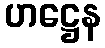
ဟဋ္ဌေန